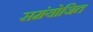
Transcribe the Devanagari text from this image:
समंयोजित